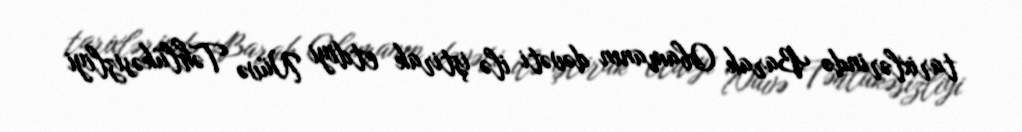
tarixlərində Barak Obamanın dəvəti ilə iştirak etdiyi Nüvə Təhlükəsizliyi